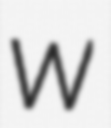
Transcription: W